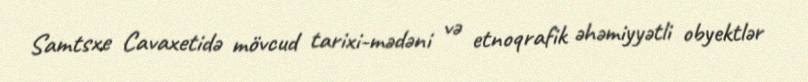
Samtsxe Cavaxetidə mövcud tarixi-mədəni və etnoqrafik əhəmiyyətli obyektlər